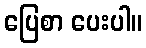
ပြေစာ ပေးပါ။